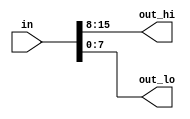
`default_nettype none     // Disable implicit nets. Reduces some types of bugs.
// Implicit nets are always one-bit wires and causes bugs if you had intended to use a vector. 
//Disabling creation of implicit nets can be done using the `default_nettype none directive.

module top_module( 
    input wire [15:0] in,
    output wire [7:0] out_hi,
    output wire [7:0] out_lo );
    //The unpacked dimensions are declared after the name. They are generally used to declare memory arrays. 
	//reg [7:0] mem [255:0];   // 256 unpacked elements, each of which is a 8-bit packed vector of reg.
    
    assign out_hi = in[15:8];
    assign out_lo = in[7:0];
endmodule